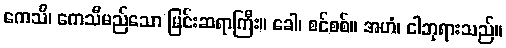
ကေသိ၊ ကေသီမည်သော မြင်းဆရာကြီး။ ခေါ၊ စင်စစ်။ အဟံ၊ ငါဘုရားသည်။